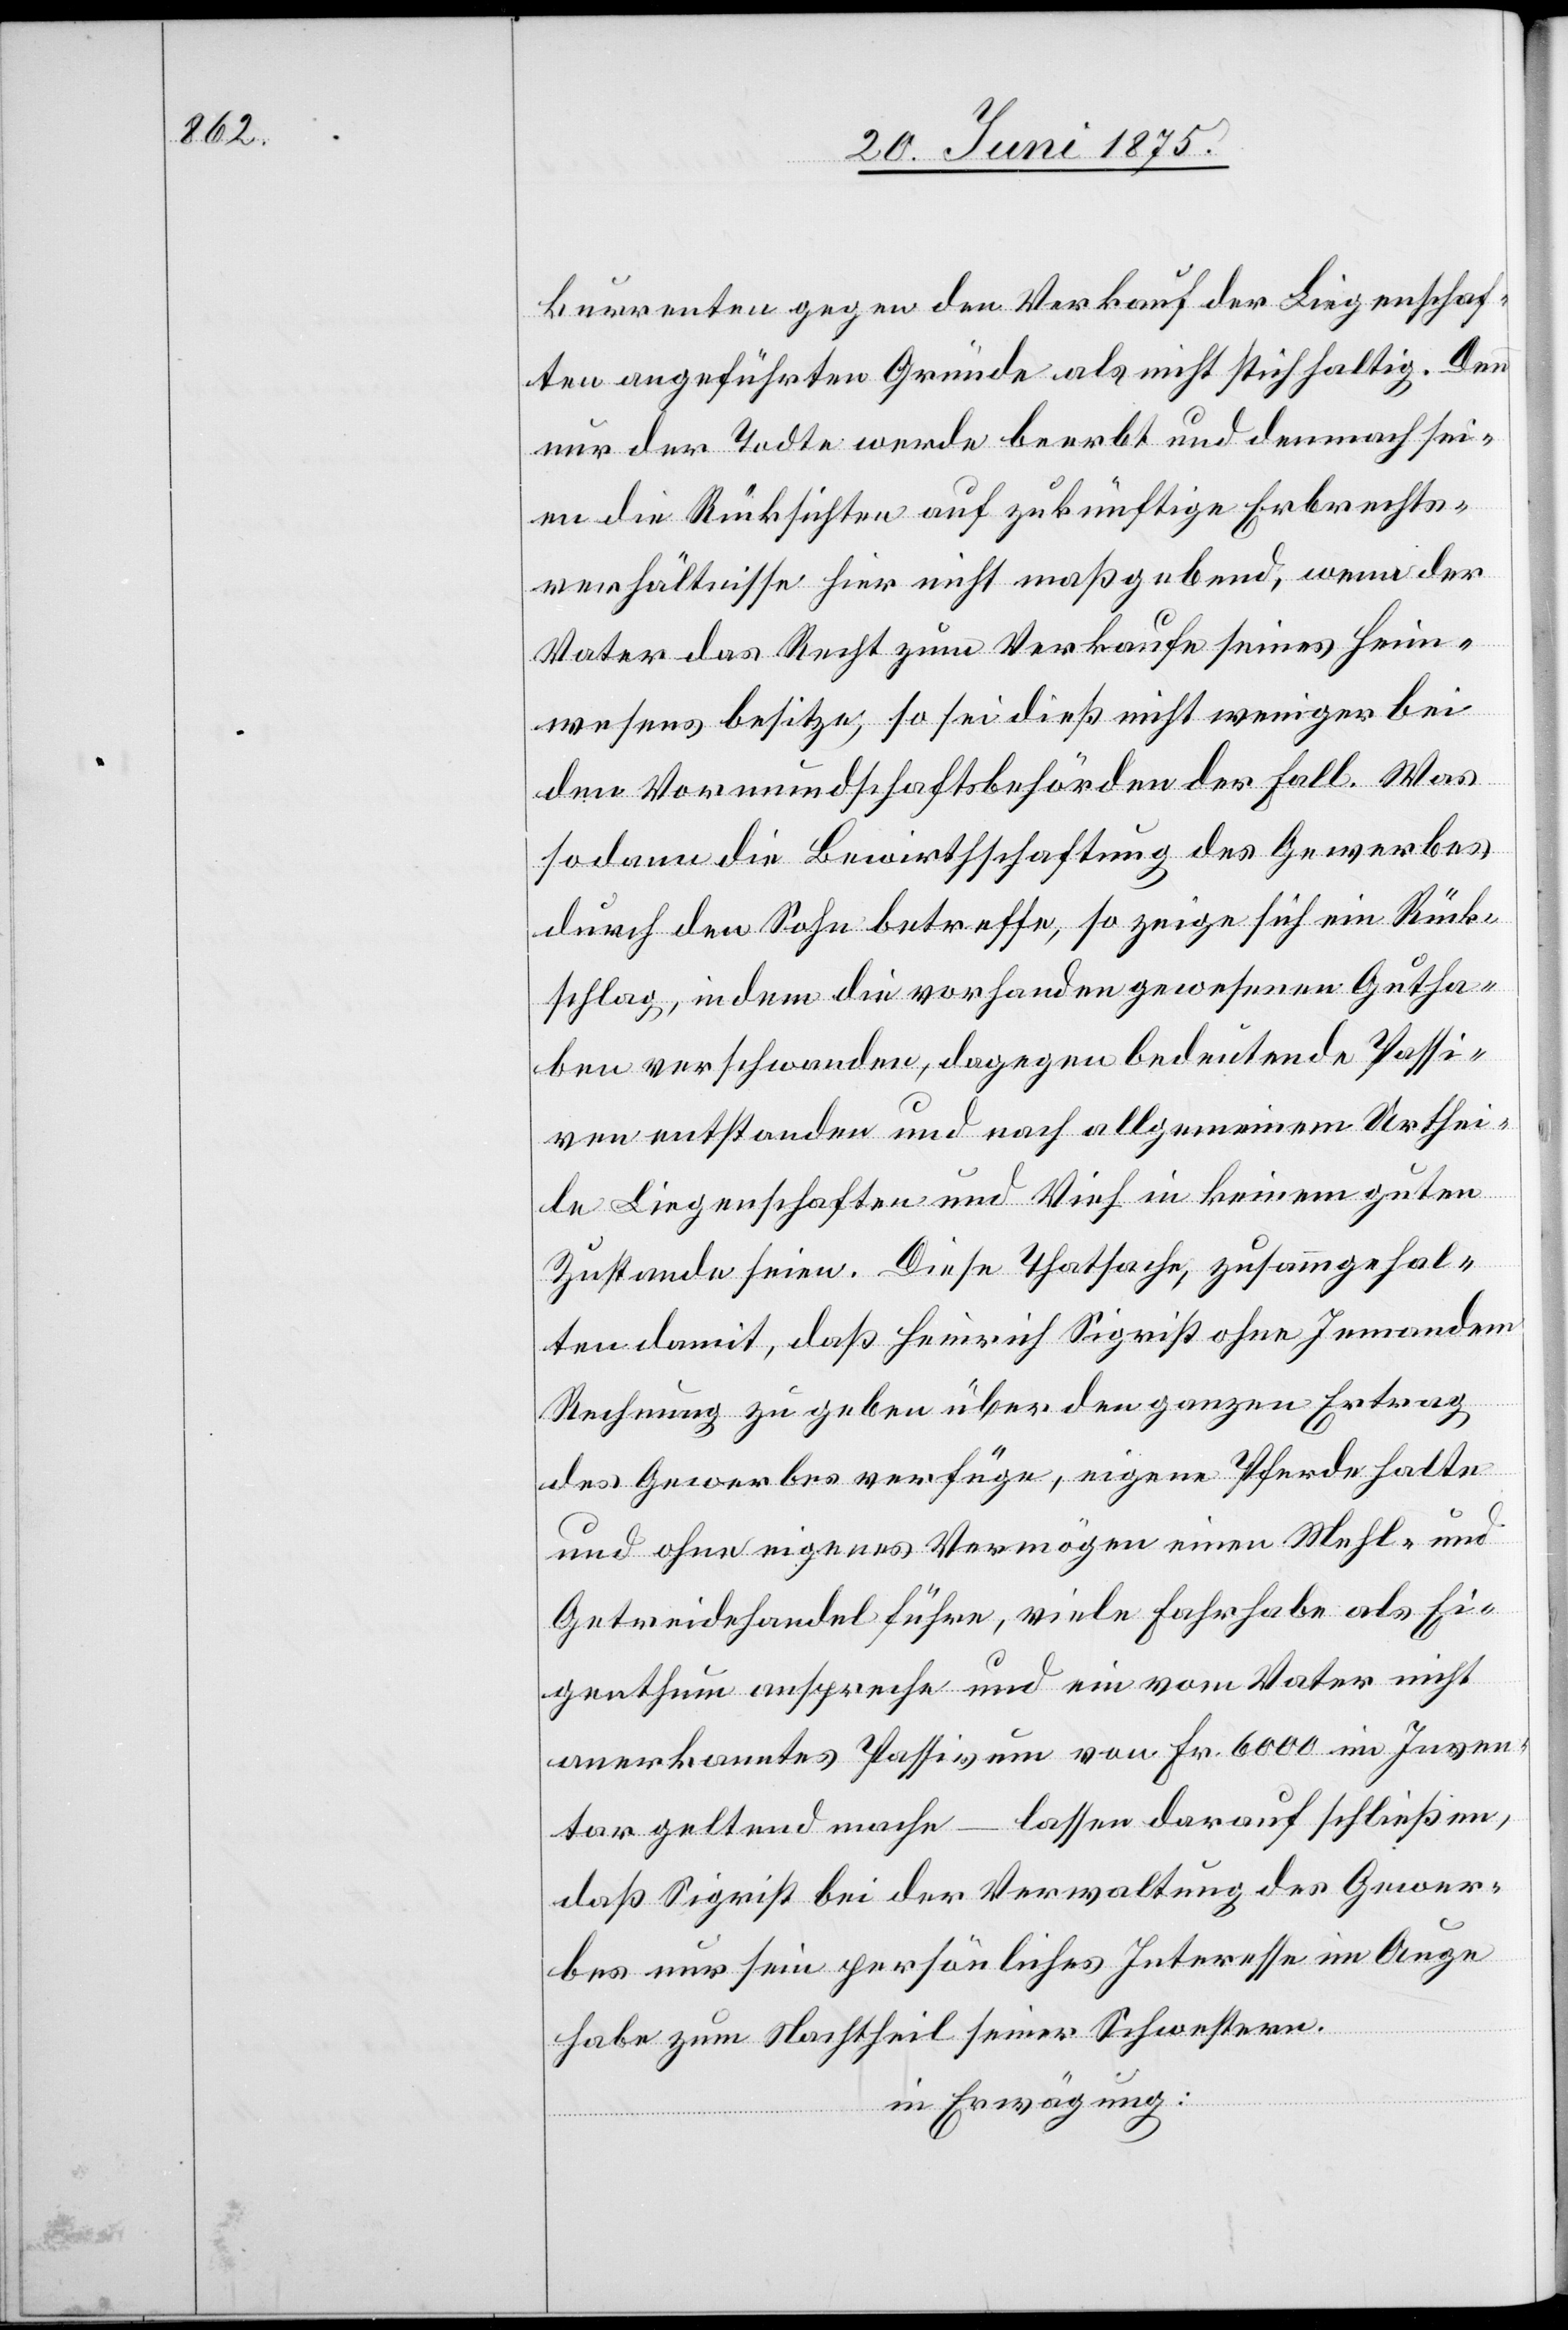
kurrenten gegen den Verkauf der Liegenschaf¬
ten aufgeführten Gründe als nicht stichhaltig. Denn
nur der Todte werde beerbt und demnach sei¬
en die Rücksichten auf zukünftige Erbrechts¬
verhältnisse hier nicht maßgebend, wenn der
Vater das Recht zum Verkaufe seines Heim¬
wesens besitze, so sei dieß nicht weniger bei
den Vormundschaftsbehörden der Fall. Was
so dann die Bewirthschaftung des Gewerbes
durch den Sohn betreffe, so zeige sich ein Rück¬
schlag, in dem die vorhanden gewesenen Gutha¬
ben verschwanden, dagegen bedeutende Passi¬
ven entstanden und nach allgemeinen Urthei¬
le Liegenschaften und Vieh in keinem guten
Zustande seien. Diese Thatsache, zusamm[en]gehal¬
ten damit, daß Heinrich Siegrist ohne Jemandem
Rechnung zu geben über den ganzen Ertrag
des Gewerbes verfüge, eigene Pferde hatte
und ohne eigenes Vermögen einen Mehl- und
Getreidehandel führe, viele Fahrhabe als Ei¬
genthum anspreche und ein vom Vater nicht
anerkanntes Passivum von Fr. 6000 im Inven¬
tar geltend mache – lassen darauf schließen,
daß Si[e]grist bei der Verwaltung des Gewer¬
bes nur sein persönliches Interesse im Auge
habe zum Nachtheil seiner Schwestern.
in Erwägung: